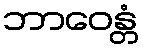
ဘာဝေန္တံ